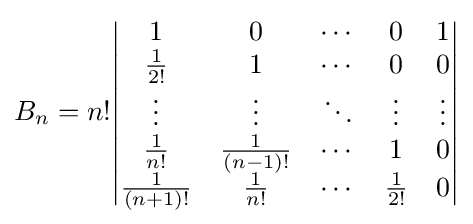
B_{n}=n!{\begin{vmatrix}1&0&\cdots &0&1\\{\frac {1}{2!}}&1&\cdots &0&0\\\vdots &\vdots &\ddots &\vdots &\vdots \\{\frac {1}{n!}}&{\frac {1}{(n-1)!}}&\cdots &1&0\\{\frac {1}{(n+1)!}}&{\frac {1}{n!}}&\cdots &{\frac {1}{2!}}&0\end{vmatrix}}